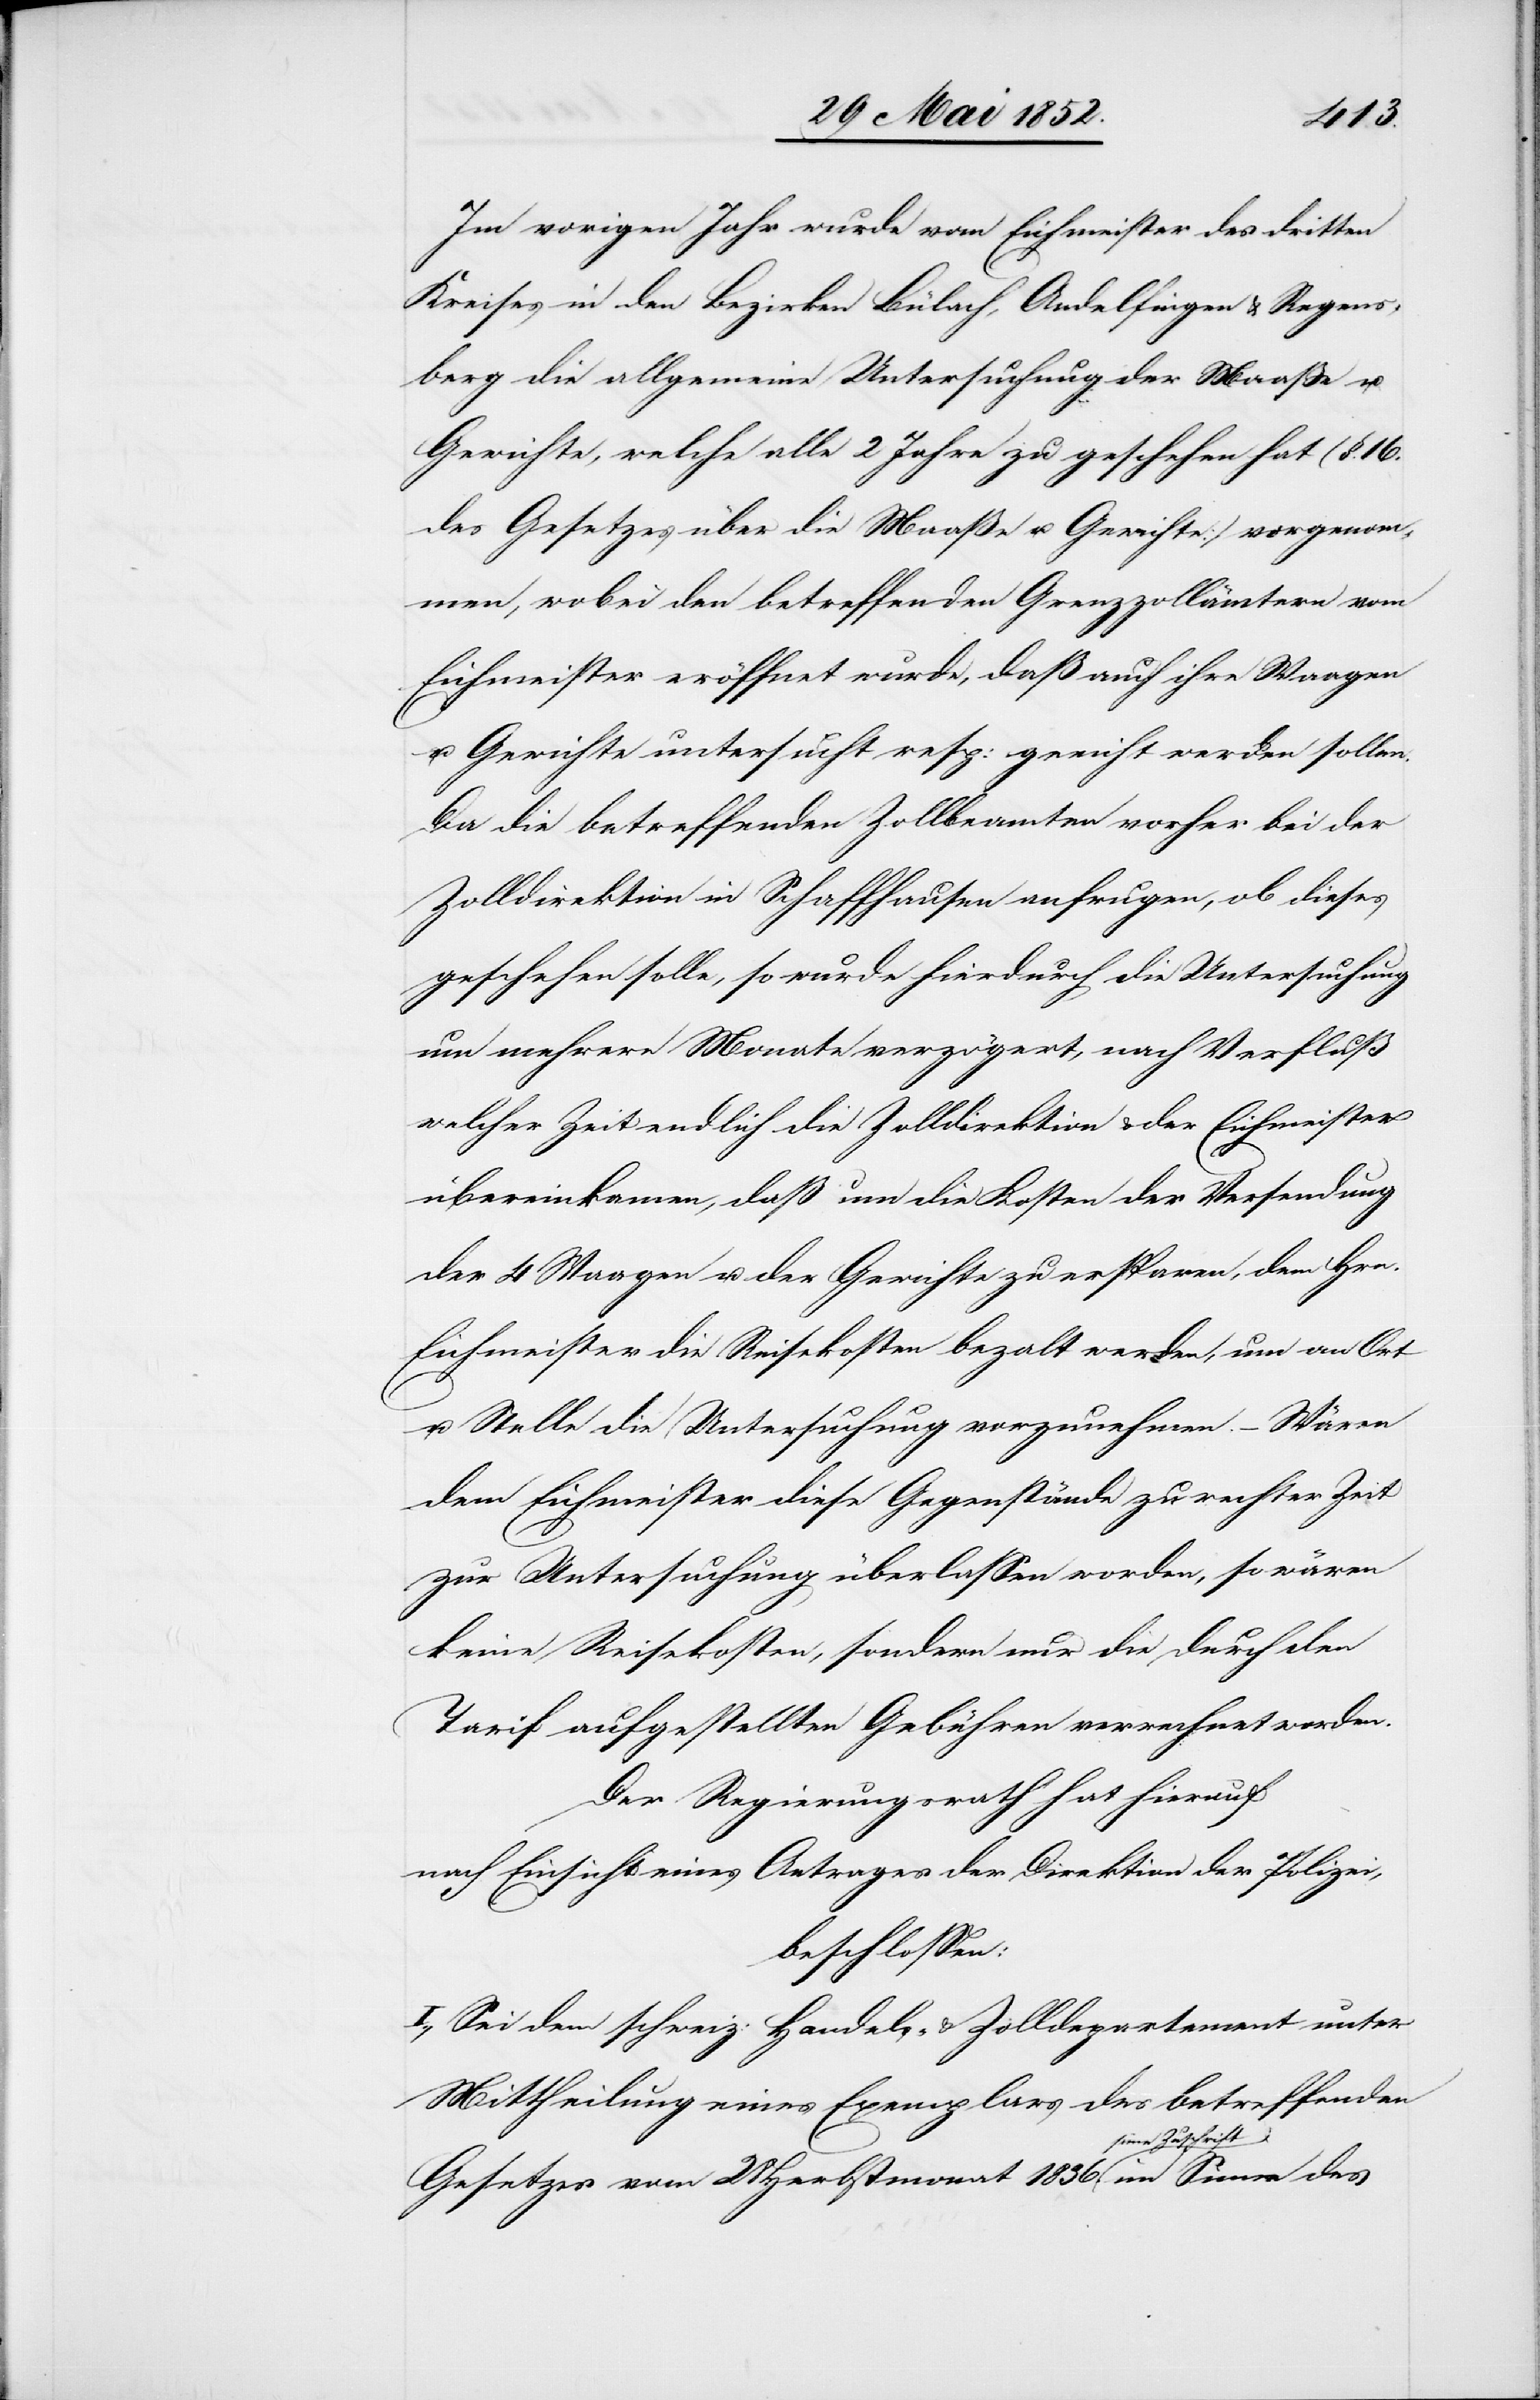
Im vorigen Jahr wurde vom Eichmeister des dritten
Kreises in den Bezirken Bülach, Andelfingen & Regens¬
berg die allgemeine Untersuchung der Maaße u.
Gewichte, welche alle 2 Jahre zu geschehen hat (§. 16.
des Gesetzes über die Maaße u. Gewichte) vorgenom¬
men, wobei den betreffenden Grenzzollämtern vom
Eichmeister eröffnet wurde, daß auch ihre Waagen
u. Gewichte untersucht resp: geeicht werden sollen.
Da die betreffenden Zollbeamten vorher bei der
Zolldirektion in Schaffhausen anfrugen, ob dieses
geschehen solle, so wurde hierdurch die Untersuchung
um mehrere Monate verzögert, nach Verfluß
welcher Zeit endlich die Zolldirektion & der Eichmeister
übereinkamen, daß um die Kosten der Versendung
der 4 Waagen u. der Gewichte zu ersparen, dem Hrn.
Eichmeister die Reisekosten beza[h]lt werden, um an Ort
u. Stelle die Untersuchung vorzunehmen. – Wären
dem Eichmeister diese Gegenstände zu rechter Zeit
zur Untersuchung überlassen worden, so wären
keine Reisekosten, sondern nur die durch den
Tarif aufgestellten Gebühren verrechnet worden.
Der Regierungsrath hat hierauf
nach Einsicht eines Antrages der Direktion der Polizei,
beschlossen:
I., Sei dem schweiz: Handels- & Zolldepartement unter
Mittheilung eines Exemplars des betreffenden
Gesetzes vom 28 Herbstmonat 1836 seine